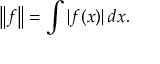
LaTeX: \left\| f \right\| = \int | f ( x ) | \, d x .